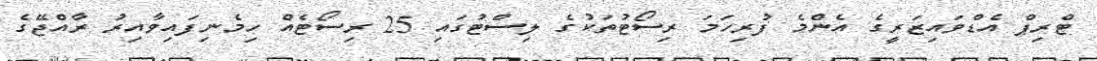
ޓްރިޕް އެޑްވައިޒަރީގެ އެންމެ ފުރިހަމަ ރިސޯޓުތަކުގެ ލިސްޓުގައި 25 ރިސޯޓެއް ހިމެނިފައިވާއިރު ރާއްޖޭގެ